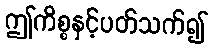
ဤကိစ္စနှင့်ပတ်သက်၍